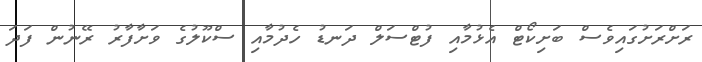
ރަށްރަށުގައިވެސް ބަށިކޯޓް އެޅުމާއި ފުޓްސަލް ދަނޑު ހެދުމާއި ސްކޫލުގެ ވަށާފާރު ރޭނުން ފަދަ